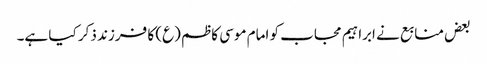
بعض منابع نے ابراہیم مجاب کو امام موسی کاظم (ع) کا فرزند ذکر کیا ہے۔